画像に写った文字を読んでください
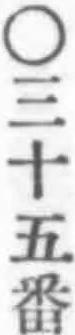
「○三十五番」と書いてあります